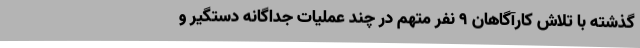
گذشته با تلاش کارآگاهان 9 نفر متهم در چند عملیات جداگانه دستگیر و